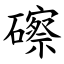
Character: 䃰